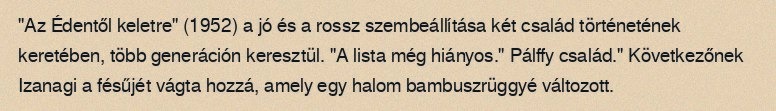
"Az Édentől keletre" (1952) a jó és a rossz szembeállítása két család történetének keretében, több generáción keresztül. "A lista még hiányos." Pálffy család." Következőnek Izanagi a fésűjét vágta hozzá, amely egy halom bambuszrüggyé változott.